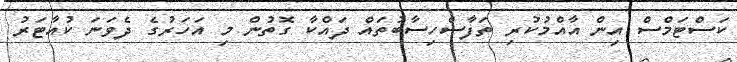
ކަސްޓަމްސް އިން އާއްމުކުރި ތަފާސްހިސާބުތައް ދައްކާ ގޮތުން މި އަހަރުގެ ދެވަނަ ކުއާޓަރު